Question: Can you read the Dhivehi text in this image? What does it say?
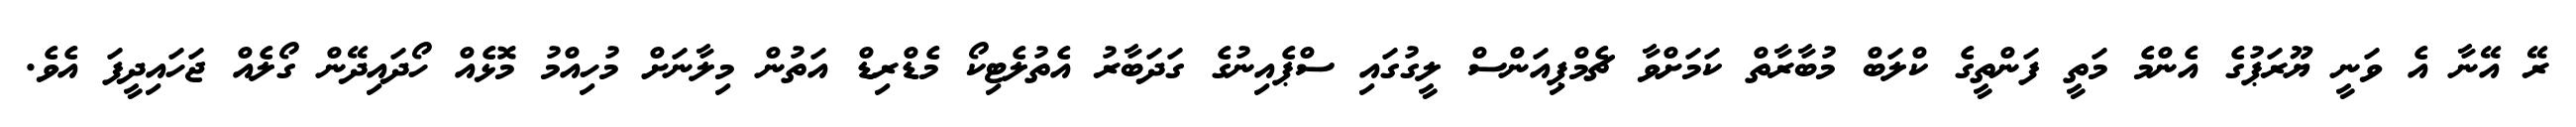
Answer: ރޭ އޭނާ އެ ވަނީ ޔޫރަޕުގެ އެންމެ މަތީ ފަންތީގެ ކްލަބް މުބާރާތް ކަމަށްވާ ޗެމްޕިއަންސް ލީގުގައި ސްޕެއިނުގެ ގަދަބާރު އެތުލެޓިކޯ މެޑްރިޑް އަތުން މިލާނަށް މުހިއްމު މޮޅެއް ހޯދައިދޭން ގޯލެއް ޖަހައިދީފަ އެވެ.